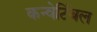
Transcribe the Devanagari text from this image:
कन्वेर्टिबल